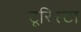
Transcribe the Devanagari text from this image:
टूरिस्टा